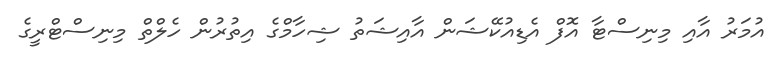
އުމަރު އާއި މިނިސްޓާ އޮފް އެޑިއުކޭޝަން އާއިޝަތު ޝިހާމްގެ އިތުރުން ހެލްތް މިނިސްޓްރީގެ